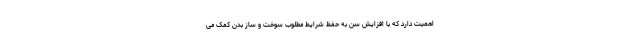
اهمیت دارد که با افزایش سن به حفظ شرایط مطلوب سوخت و ساز بدن کمک می